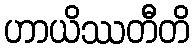
ဟာယိဿတီတိ